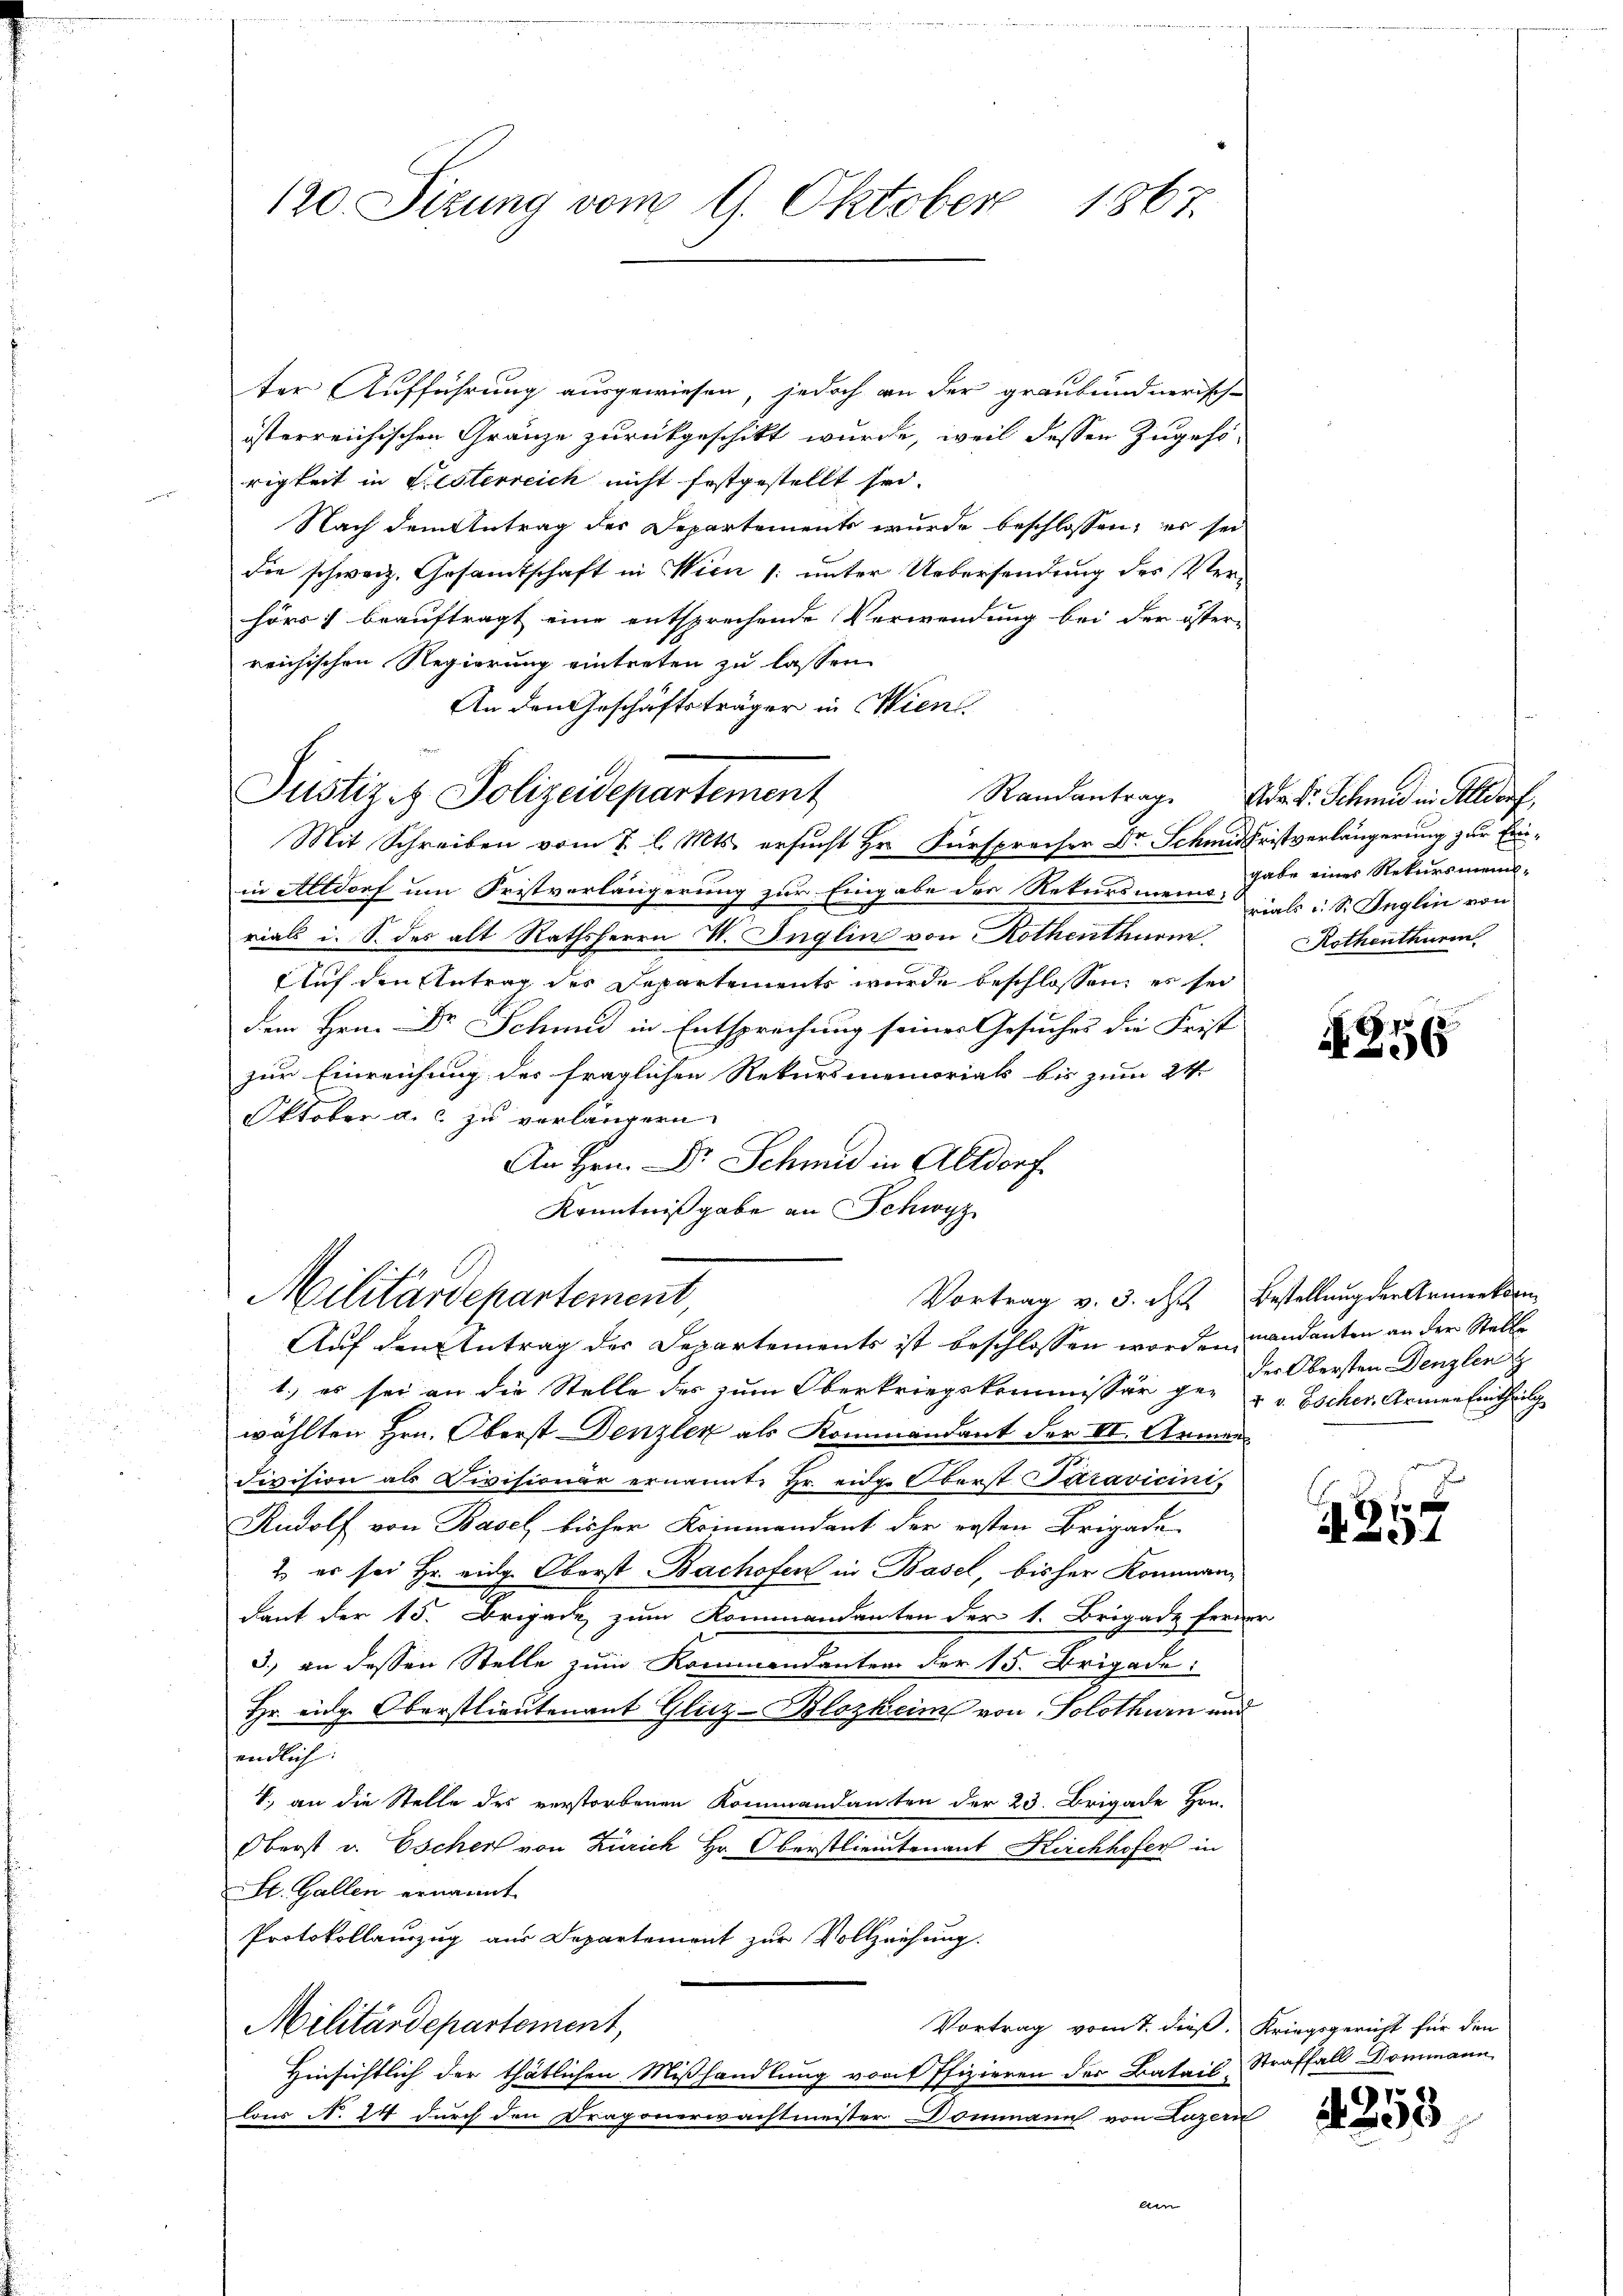
120. Sitzung vom 9. Oktober 1867.

Justiz & Polizeidepartement

ter Aufführung ausgewiesen, jedoch an der graubündnerisch-
isterreichischen Gränze zurückgeschikt wurde, weil dessen Zugehö-
rigkeit in Liesterreich nicht festgestellt sei.
Nach dem Antrag der Departements wurde beschlossen, es sei
die schweiz. Gesandtschaft in Wien /: unter Uebersendung des Verhörs) beauftragt eine entsprechende Verwendung bei der öster-
reichischen Regierung eintreten zu lassen.
An den Geschäftsträger in Wien
Mit Schreiben vom 2. l. Mts. ersucht Hr. Fürsprecher Dr Schmidhristverlängerung zur Einin Altdorf um Fristverlängerung zur Eingabe der Rekursman habe eines Rekursmeins-
rials i. S. des alt Rathsherrn V. Inglin von Rothenthurm,
Auf den Antrag der Departements wurde beschlossen, es sei
dem Hrn. Dr Schmid in Entsprechung seines Gesuches die Frist
zur Einreichung des fraglichen Rekursmemorials bis zum 24.
Oktober a. c. zu verlängern.
An Hrn. Dr Schmid in Altdorf
Kenntnißgabe an Schwyz

Militärdepartement,
Auf den Antrag der Departements ist beschlossen worden andanten an der Stelle

1.) es sei an die Stelle des zum Oberkriegskommissär ge- u. v. Escher Armen Eintheilg
wählten Hrn. Oberst Denzler als Kommandant der II. Armen¬
Division als Divisionär ernannte Hr. eidg. Oberst Saravicini,
Rudolf von Basel, bisher Kommandant der ersten Brigade
2) es sei Hr. eidg. Oberst Bachofen in Basel, bisher Kommandant der 15. Brigade zum Kommandanten der 1. Brigade ferner
5.) an dessen Stelle zum Kommendanter der 15. Brigade:
Hr. eidg. Oberstlieutenant Gliz-Blozheim von Solothurn und
endlich:
V., an die Stelle des verstorbenen Kommandanten der 23. Brigade Hrn.
Oberst v. Escher von Zürich Hr. Oberstlieutenant Kirchhofer in
St. Gallen ernannt.
Protokollauszug aus Departement zur Vollziehung.
Vortrag vom 1. dieß, Kriegsgericht für den
Militärdepartement,
Hinsichtlich der thätlichen Mißhandlung von Pfizieren der Batail Straffall Dommann
lons No. 24 durch den Dragonerwachtmeister Dommann von Luzern
Am

Randantrag. Ad Dr. Schmid in Altdorf,
rials u. S. Inglin von
Rothenthurn

A. 256

Vortrag v. 3. Okt. Bestellung der Armenkomm
der Obersten Denzlen
e

1
1

197